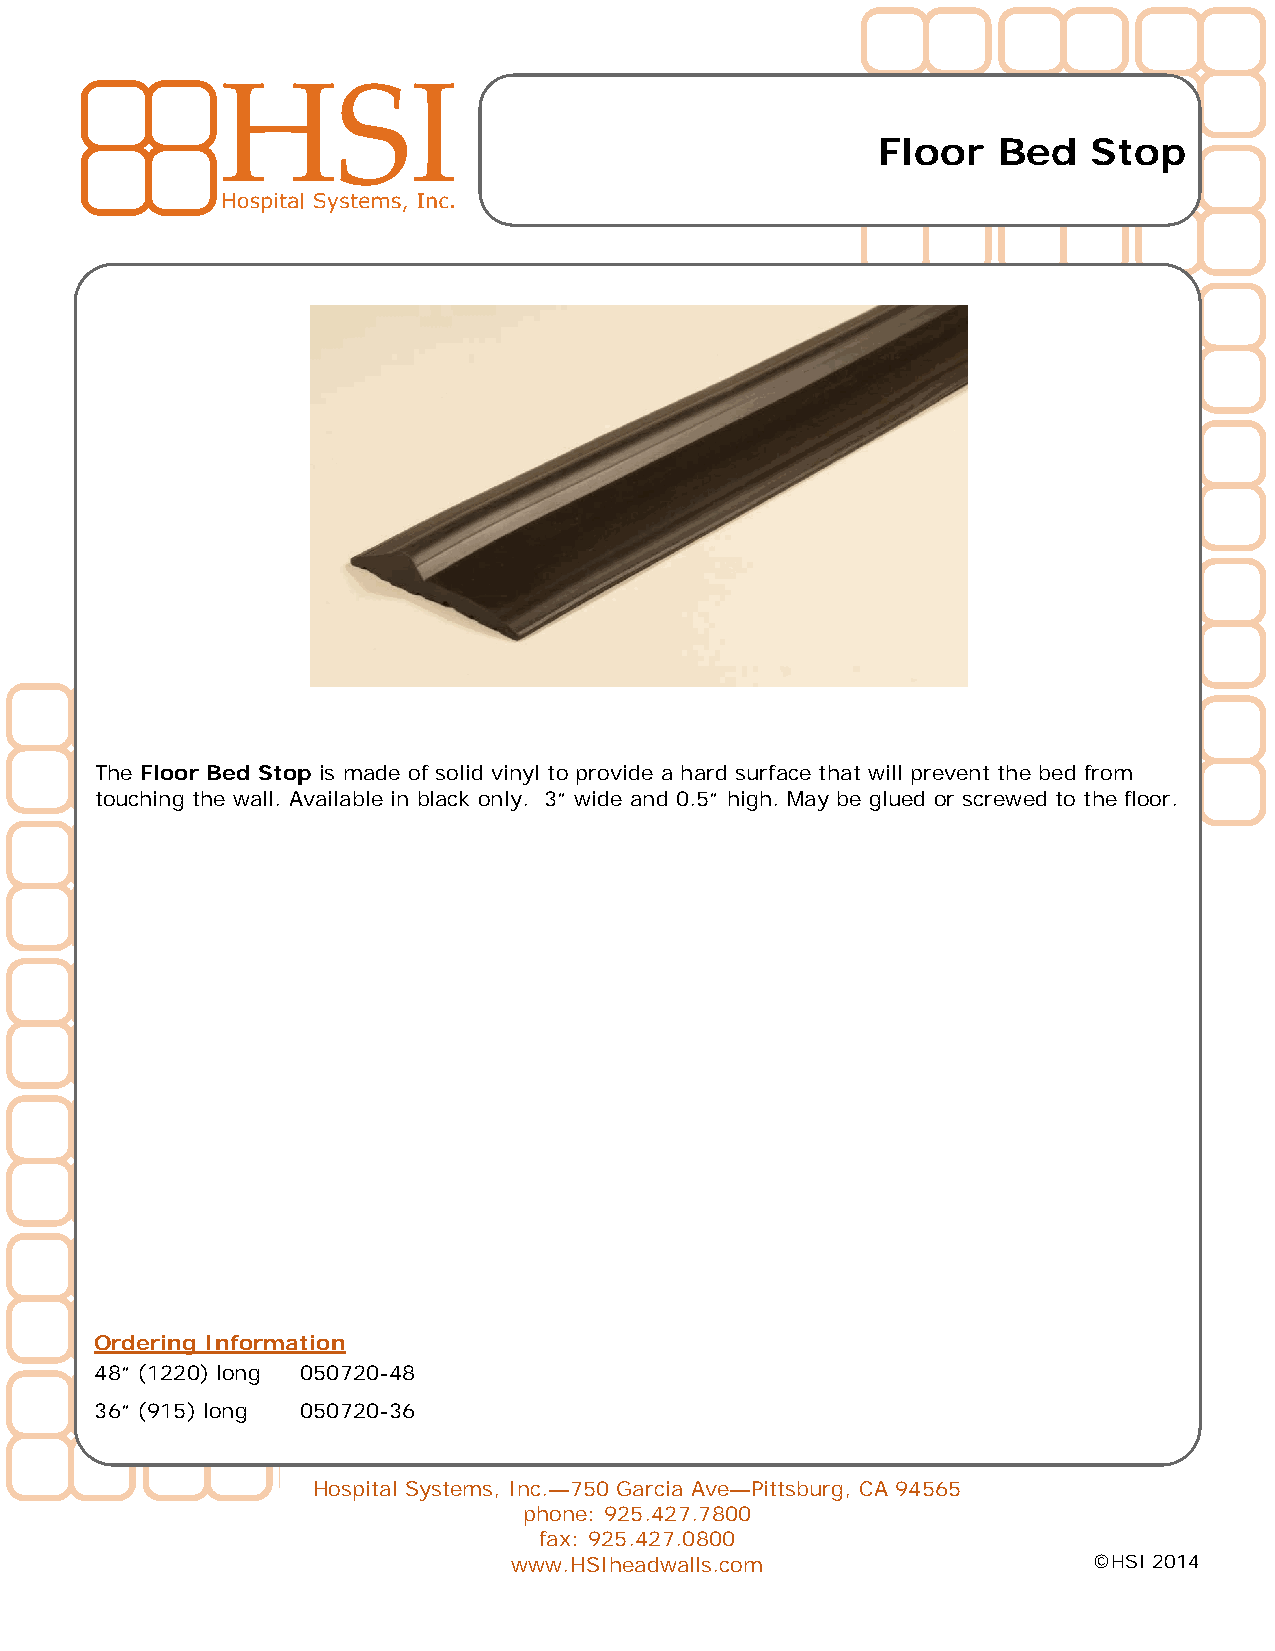
Floor   Bed   Stop
 The Floor Bed Stop is made of solid vinyl to provide a hard surface that will prevent the bed from
 touching the wall. Available in black only. 3” wide and 0.5” high. May be glued or screwed to the floor.
 Ordering Information
 48” (1220) long 050720-48
 36” (915) long 050720-36
 Hospital Systems, Inc.—750 Garcia Ave—Pittsburg, CA 94565
 phone: 925.427.7800
 fax: 925.427.0800
 www.HSIheadwalls.com                  ©HSI 2014